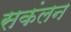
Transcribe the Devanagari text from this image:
सकंलन